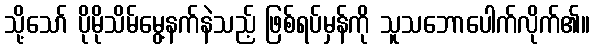
သို့သော် ပိုမိုသိမ်မွေ့နက်နဲသည့် ဖြစ်ရပ်မှန်ကို သူသဘောပေါက်လိုက်၏။